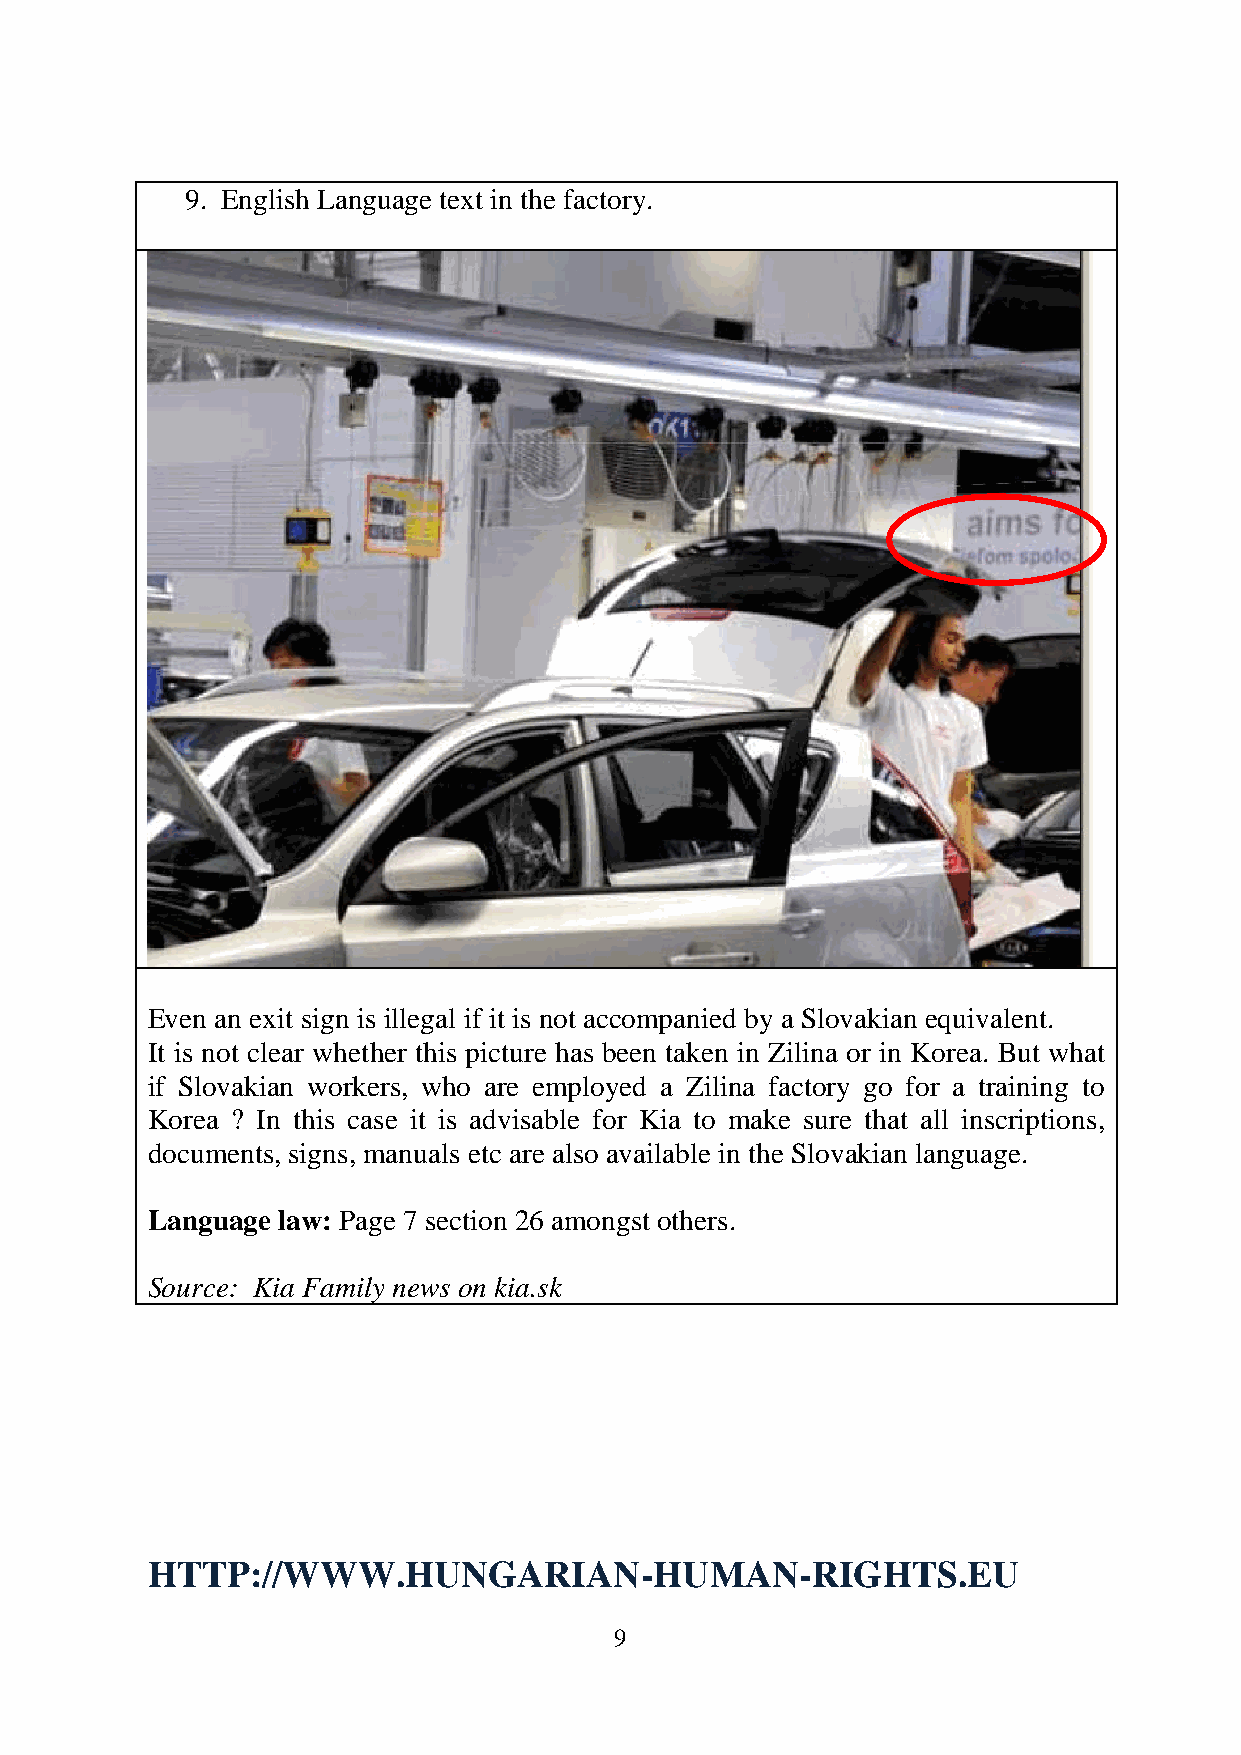
9. English Language text in the factory.
 Even an exit sign is illegal if it is not accompanied by a Slovakian equivalent.
 It is not clear whether this picture has been taken in Zilina or in Korea. But what
 if Slovakian workers, who are employed a Zilina factory go for a training to
 Korea ? In this case it is advisable for Kia to make sure that all inscriptions,
 documents, signs, manuals etc are also available in the Slovakian language.
 Language law: Page 7 section 26 amongst others.
 Source: Kia Family news on kia.sk
 HTTP://WWW.HUNGARIAN-HUMAN-RIGHTS.EU
 9